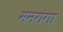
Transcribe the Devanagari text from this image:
मनगंगा